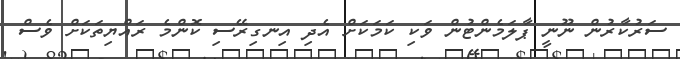
ސަރުކާރުން ނޫނީ ޕާލަމެންޓުން ވަކި ކަމަކަށް އެދި އިނގިރޭސި ކޮންމެ ރައްޔިތަކަށް ވެސް